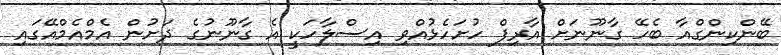
ބޭންކިންގްއާ ބެހޭ ގާނޫނަށް އާރިފް ހުށަހެޅުއްވި އިސްލާހަކީ އެ ގާނޫނުގެ ދަށުން އެމްއެމްއޭގައި